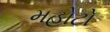
મહોટો